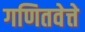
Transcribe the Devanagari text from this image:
गणितवेत्ते